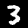
Label: 3